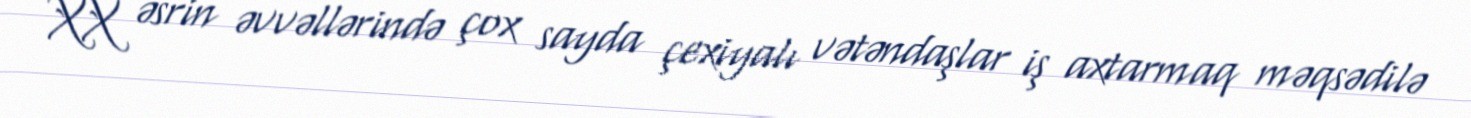
XX əsrin əvvəllərində çox sayda çexiyalı vətəndaşlar iş axtarmaq məqsədilə